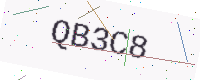
Text: QB3C8